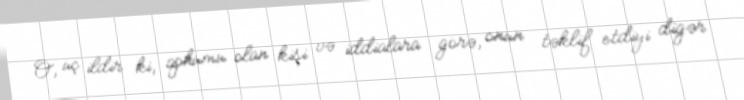
O, üç ildir ki, qohumu olan kişi və iddialara görə, onun təklif etdiyi digər